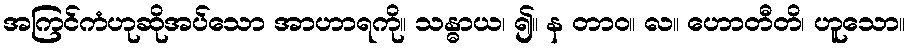
အကြင်ကံဟုဆိုအပ်သော အာဟာရကို။ သန္ဓာယ၊ ၍။ န တာဝ။ လ။ ဟောတီတိ၊ ဟူသော။